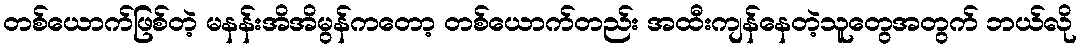
တစ်ယောက်ဖြစ်တဲ့ မနန်းအိအိမွန်ကတော့ တစ်ယောက်တည်း အထီးကျန်နေတဲ့သူတွေအတွက် ဘယ်လို